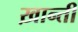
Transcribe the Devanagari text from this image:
ख़ान्ती